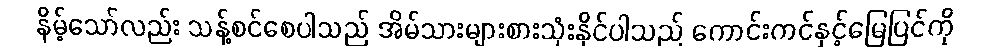
နိမ့်သော်လည်း သန့်စင်စေပါသည် အိမ်သားများစားသုံးနိုင်ပါသည် ကောင်းကင်နှင့်မြေပြင်ကို